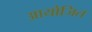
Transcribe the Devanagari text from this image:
आयोजित